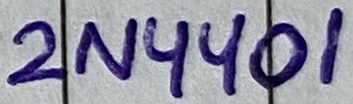
Text: 2N4401